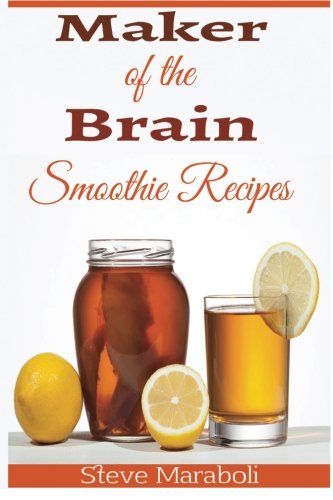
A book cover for Maker Of the Brain Smoothies: 50 Brain Healthy and Green Smoothie Recipes Everyone can use to Boost Brain Power, Lose Belly Fat and Live Healthy!; Steve Maraboli; Cookbooks, Food & Wine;